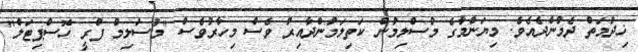
ޚިދުމަތް ދެމުންދެއެވެ. މިޔަންމާގެ މުސްލިމުން ކަތިލަމުންދާއިރު ވެސް މިހާރުވެސް "މުސްލިމް ފްރީ ހޮސްޕިޓަލް"